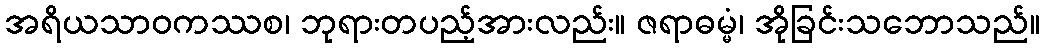
အရိယသာဝကဿစ၊ ဘုရားတပည့်အားလည်း။ ဇရာဓမ္မံ၊ အိုခြင်းသဘောသည်။